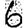
Digit: 6